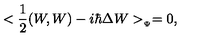
< { \frac { 1 } { 2 } } ( W , W ) - i \hbar \Delta W > _ { _ { \Psi } } = 0 ,